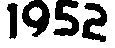
1952